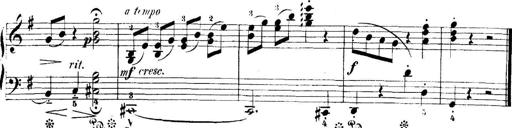
Title: 5 Sonatinas
Composer: Theodor Kirchner